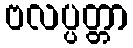
ဗလပ္ပတ္တာ